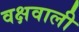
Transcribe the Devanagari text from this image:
वक्षवाली